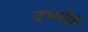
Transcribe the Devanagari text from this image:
उभरेंगे